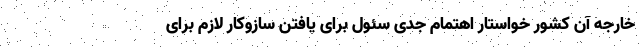
خارجه آن کشور خواستار اهتمام جدی سئول برای یافتن سازوکار لازم برای